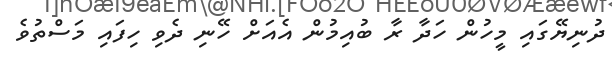
ދުނިޔޭގައި މީހުން ހަދާ ރާ ބުއިމުން އެއަށް ހޭނި ދެވި ހިފައި މަސްތުވެ